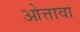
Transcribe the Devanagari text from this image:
ओत्तावा